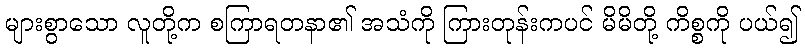
များစွာသော လူတို့က စကြာရတနာ၏ အသံကို ကြားတုန်းကပင် မိမိတို့ ကိစ္စကို ပယ်၍